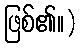
ဖြစ်၏။)